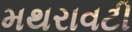
મથરાવટી